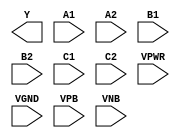
module sky130_fd_sc_hd__a222oi (
    Y   ,
    A1  ,
    A2  ,
    B1  ,
    B2  ,
    C1  ,
    C2  ,
    VPWR,
    VGND,
    VPB ,
    VNB
);

    output Y   ;
    input  A1  ;
    input  A2  ;
    input  B1  ;
    input  B2  ;
    input  C1  ;
    input  C2  ;
    input  VPWR;
    input  VGND;
    input  VPB ;
    input  VNB ;
endmodule